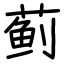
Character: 蓟